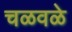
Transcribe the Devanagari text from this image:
चळवळे